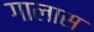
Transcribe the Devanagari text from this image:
गालास